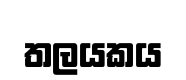
තලයකය